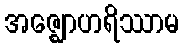
အဇ္ဈောဟရိဿာမ